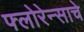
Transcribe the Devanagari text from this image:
फ्लोरेन्साचे